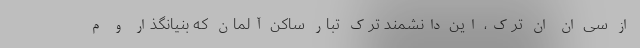
از سی ان ان ترک، این دانشمند ترک تبار ساکن آلمان که بنیانگذار و م